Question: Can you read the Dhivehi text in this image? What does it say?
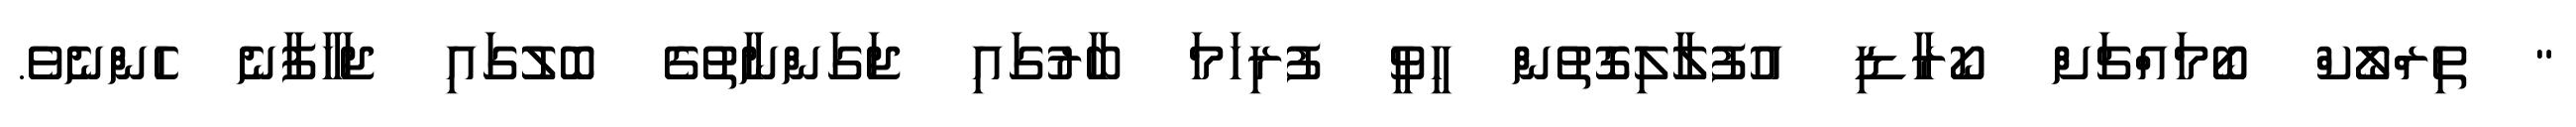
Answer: " ތިރްލޯކް ބޯމައްޗަށް ކޯރާޑި އުފުލާލިގޮތުން ހީވީ ފުރިހަމަ ބާރުގައި ޖަގަންނާތުގެ ބޮލުގައި ޖަހާފާނެ ހެންނެވެ.